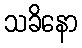
သခိနော